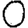
Digit: 0